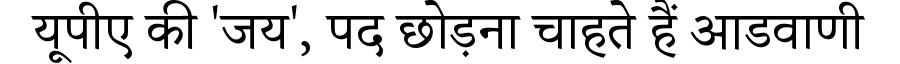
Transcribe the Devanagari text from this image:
यूपीए की 'जय', पद छोड़ना चाहते हैं आडवाणी